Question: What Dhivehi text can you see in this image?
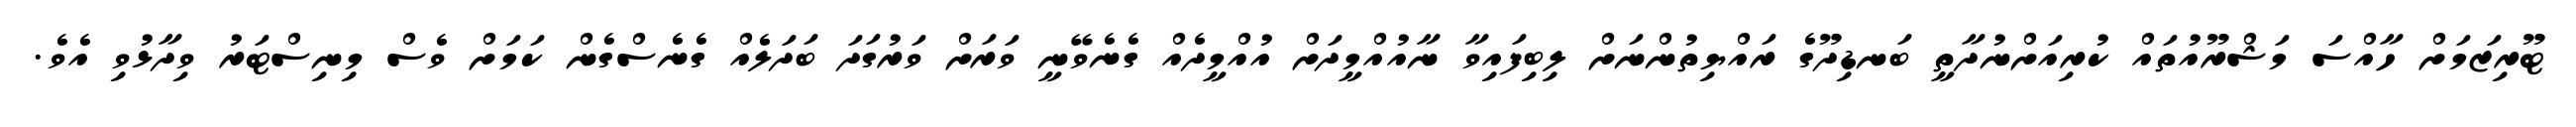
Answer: ޓޫރިޒަމަށް ހާއްސަ މަޝްރޫއުތައް ކުރިއަށްނުދާތީ ބަނޑިދޫގެ ރައްޔިތުންނަށް ލިބިފައިވާ ނާއުއްމީދަށް އުއްމީދެއް ގެނެވޭނީ ވަރަށް ވަރުގަދަ ބަދަލެއް ގެނެސްގެން ކަމަށް ވެސް މިނިސްޓަރު ވިދާޅުވި އެވެ.